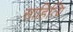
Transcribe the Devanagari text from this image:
साहित्यि